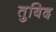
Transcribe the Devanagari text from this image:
तुबिद